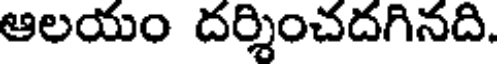
ఆలయం దర్శించదగినది.